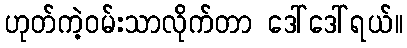
ဟုတ်ကဲ့ဝမ်းသာလိုက်တာ ဒေါ်ဒေါ်ရယ်။